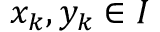
x _ { k } , y _ { k } \in I